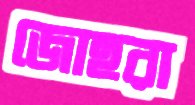
জোহরা